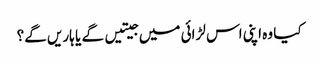
کیا وہ اپنی اس لڑائی میں جیتیں گے یا ہاریں گے؟